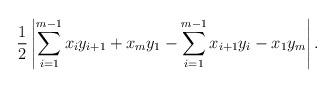
LaTeX: \begin{align*}\frac{1}{2}\left|\sum_{i=1}^{m-1}x_iy_{i+1}+x_my_1-\sum_{i=1}^{m-1}x_{i+1}y_i-x_1y_m\right|.\end{align*}